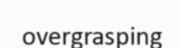
overgrasping